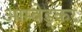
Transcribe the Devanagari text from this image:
आम्बेड्कर